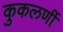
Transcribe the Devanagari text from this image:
कुकलर्णी